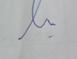
Signature authenticity: genuine